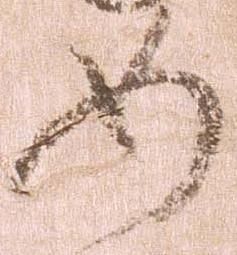
如